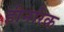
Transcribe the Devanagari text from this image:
हीनरिक